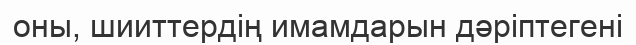
оны, шииттердің имамдарын дәріптегені